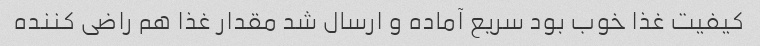
کیفیت غذا خوب بود سریع آماده و ارسال شد مقدار غذا هم راضی کننده